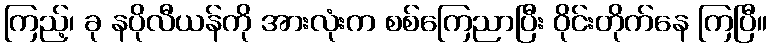
ကြည့်၊ ခု နပိုလီယန်ကို အားလုံးက စစ်ကြေညာပြီး ဝိုင်းတိုက်နေ ကြပြီ။